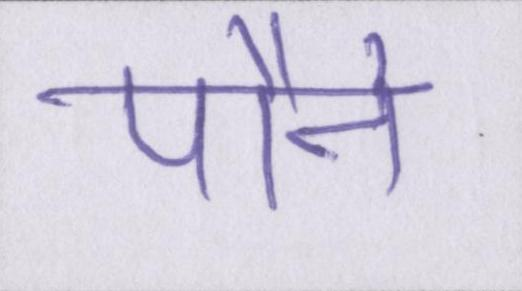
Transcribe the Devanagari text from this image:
पौने